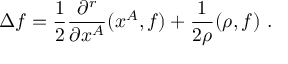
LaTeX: \Delta f = \frac { 1 } { 2 } \frac { \partial ^ { r } } { \partial x ^ { A } } ( x ^ { A } , f ) + \frac { 1 } { 2 \rho } ( \rho , f ) ~ .